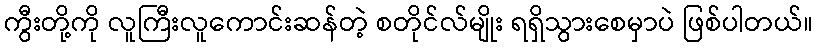
ကွီးတို့ကို လူကြီးလူကောင်းဆန်တဲ့ စတိုင်လ်မျိုး ရရှိသွားစေမှာပဲ ဖြစ်ပါတယ်။